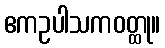
ဧကဥပါသကဝတ္ထု။